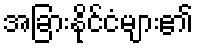
အခြားနိုင်ငံများ၏